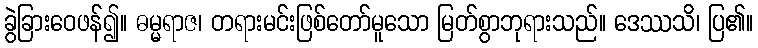
ခွဲခြားဝေဖန်၍။ ဓမ္မရာဇ၊ တရားမင်းဖြစ်တော်မူသော မြတ်စွာဘုရားသည်။ ဒေဿသိ၊ ပြ၏။